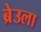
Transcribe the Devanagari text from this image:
ब्रेउला